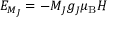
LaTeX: E _ { M _ { J } } = - M _ { J } g _ { J } \mu _ { \mathrm { B } } H